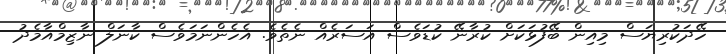
ހޭދަކުރިޔަސް މިއިން ބޭފުޅަކަށް ކުރާނޭ ކުޑަވެސް އަސަރެއް ނެތެވެ. އެހެންނަމަވެސް ކާނަލް ނާޒިމްއާމެދު